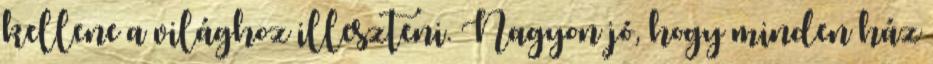
kellene a világhoz illeszteni. Nagyon jó, hogy minden ház